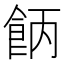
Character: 𩛄